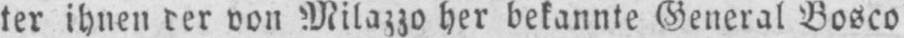
von Milazzo her bekannte General Bosco